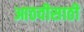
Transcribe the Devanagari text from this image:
आठवीसाठी